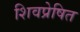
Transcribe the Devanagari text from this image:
शिवप्रेषित